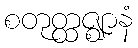
စတုတ္ထဇ္ဈာနံ